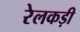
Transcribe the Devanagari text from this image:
रेलकड़ी